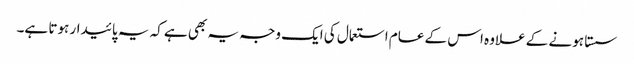
سستا ہونے کے علاوہ اس کے عام استعمال کی ایک وجہ یہ بھی ہے کہ یہ پائیدار ہوتا ہے۔